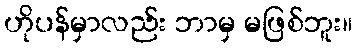
ဟိုပန်မှာလည်း ဘာမှ မဖြစ်ဘူး။